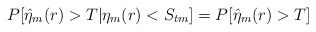
\begin{align*}P[\hat{\eta}_m(r)>T|\eta_m(r)<S_{tm}]=P[\hat{\eta}_m(r)>T]\end{align*}